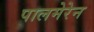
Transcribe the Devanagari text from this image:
पालमेरेन